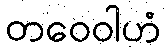
တဝေဝါဟံ